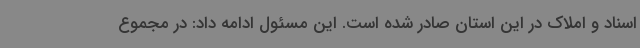
اسناد و املاک در این استان صادر شده است. این مسئول ادامه داد: در مجموع